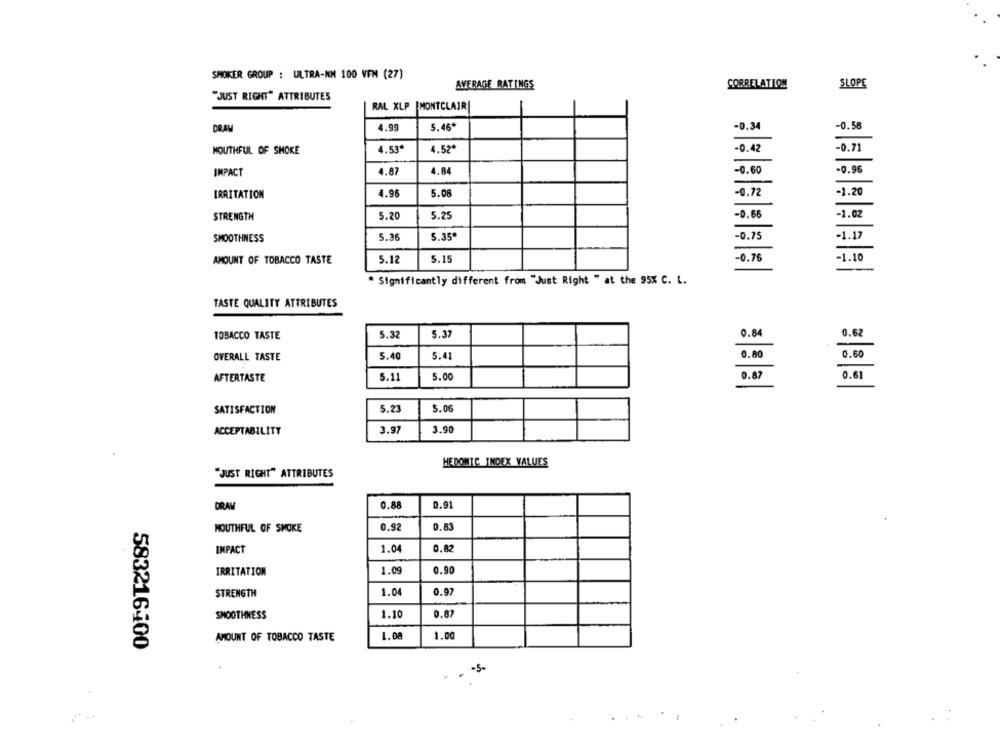
SMOKER GROUP : ULTRA-KM 100 VEM (27)
AVERAGE RATINGS
CORRELATION
SLOPE
"JUST RIGHT" ATTRIBUTES
RAL XLP
[MONTCLAIR|
DRAW
4.99
5.45€
-0.34
-0.58
MOUTHFUL OF SMOKE
4.53ª
4.52*
-0.42
-0.71
IMPACT
4.87
4.84
-0.60
-0.96
IRRITATION
4.96
5.08
-0.72
-1.20
STRENGTH
5.20
5.25
-0.66
-1.02
SMOOTHNESS
5.36
5.35*
-0.75
-1.17
-1.10
AMOUNT OF TOBACCO TASTE
5.12
5.15
-0.76
* Significantly different from "Just Right " at the 95% C. L.
TASTE QUALITY ATTRIBUTES
TOBACCO TASTE
5.32
5.37
0.84
0.62
0.80
0.60
OVERALL TASTE
5.40
5.41
5.00
0.87
0.61
AFTERTASTE
5.11
SATISFACTION
5.23
5.05
ACCEPTABILITY
3.97
3.90
HEDONIC INDEX VALUES
"JUST RIGHT" ATTRIBUTES
DRAW
0.88
0.91
0.83
MOUTHFUL OF SMOKE
0.92
IMPACT
1.04
0.82
IRRITATION
1.09
0.90
STRENGTH
1.04
0.97
SMOOTHNESS
1.10
0.87
AMOUNT OF TOBACCO TASTE
1.08
1.00
583216400